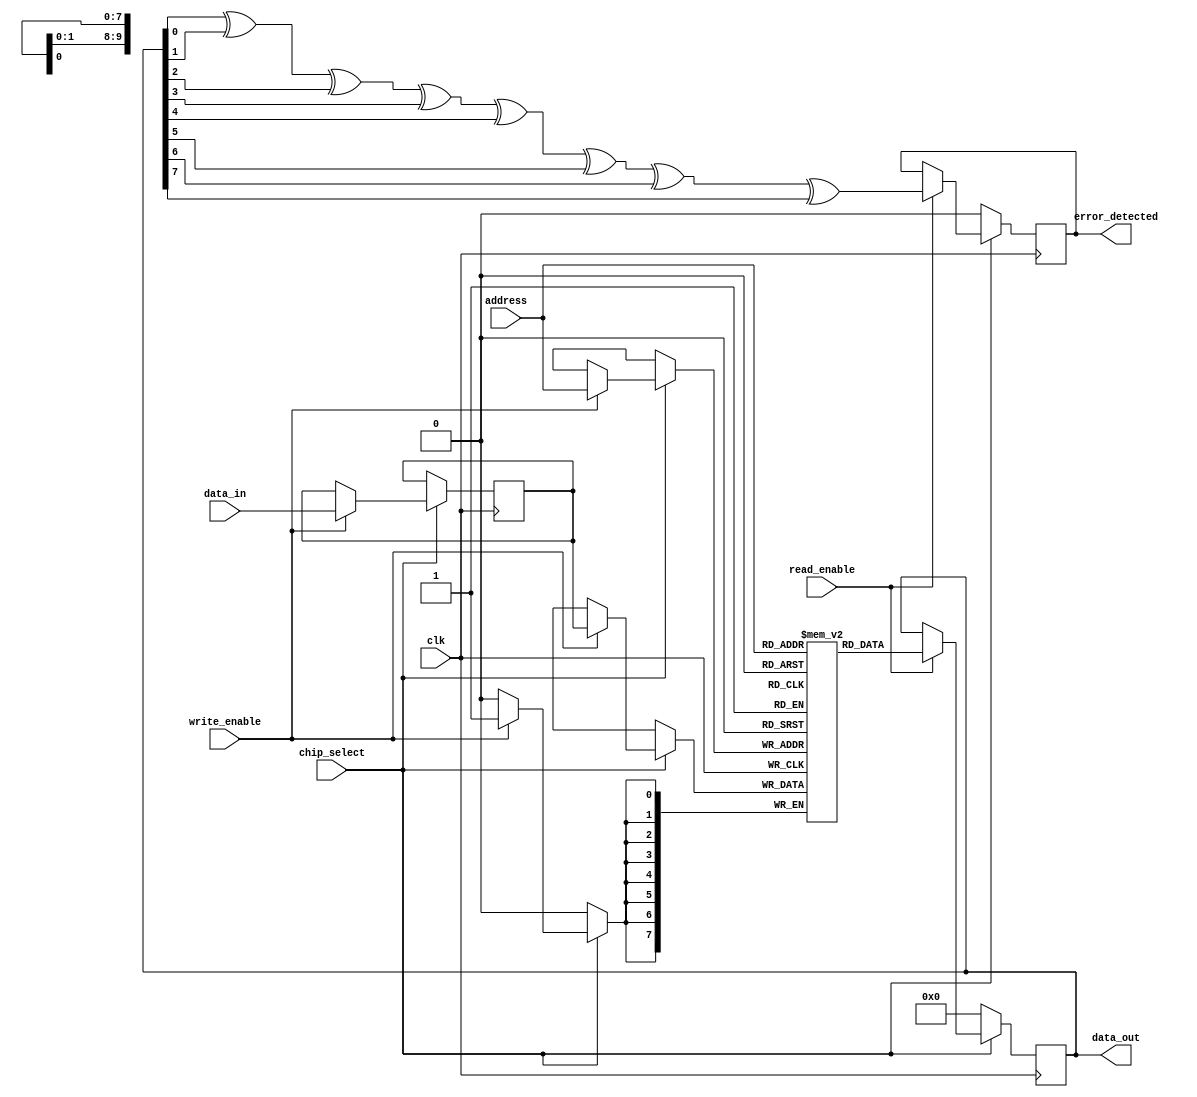
module mram_io_block #(
    parameter DATA_WIDTH = 8,   // Width of data bus
    parameter ADDRESS_WIDTH = 10 // Width of address bus
)(
    input wire clk,
    input wire chip_select,
    input wire read_enable,
    input wire write_enable,
    input wire [ADDRESS_WIDTH-1:0] address,
    input wire [DATA_WIDTH-1:0] data_in,
    output reg [DATA_WIDTH-1:0] data_out,
    output reg error_detected // Error detection output
);

    // Memory array for MRAM
    reg [DATA_WIDTH-1:0] mram_memory [(1 << ADDRESS_WIDTH)-1:0];

    // Internal signals
    reg [DATA_WIDTH-1:0] data_latch;
    reg read_operation, write_operation;

    // Timing control signals (for demonstration purposes)
    reg read_ready, write_ready;

    // Error detection (simple parity check)
    function parity_check(input [DATA_WIDTH-1:0] data);
        integer i;
        begin
            parity_check = 0;
            for (i = 0; i < DATA_WIDTH; i = i + 1) begin
                parity_check = parity_check ^ data[i];
            end
        end
    endfunction

    // Control logic
    always @(posedge clk) begin
        if (chip_select) begin
            // Write operation
            if (write_enable) begin
                data_latch <= data_in;
                mram_memory[address] <= data_latch;
                write_ready <= 1; // Indicate write is ready
            end else begin
                write_ready <= 0; // Reset write ready signal
            end

            // Read operation
            if (read_enable) begin
                data_out <= mram_memory[address];
                error_detected <= parity_check(data_out); // Check for errors
                read_ready <= 1; // Indicate read is ready
            end else begin
                read_ready <= 0; // Reset read ready signal
            end
        end
        else begin
            // Reset signals when chip is not selected
            data_out <= {DATA_WIDTH{1'b0}};
            write_ready <= 0;
            read_ready <= 0;
            error_detected <= 0;
        end
    end

endmodule